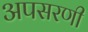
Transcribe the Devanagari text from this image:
अपसरणी